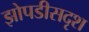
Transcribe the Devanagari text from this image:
झोपडीसदृश